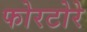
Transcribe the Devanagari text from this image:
फोरटोरे